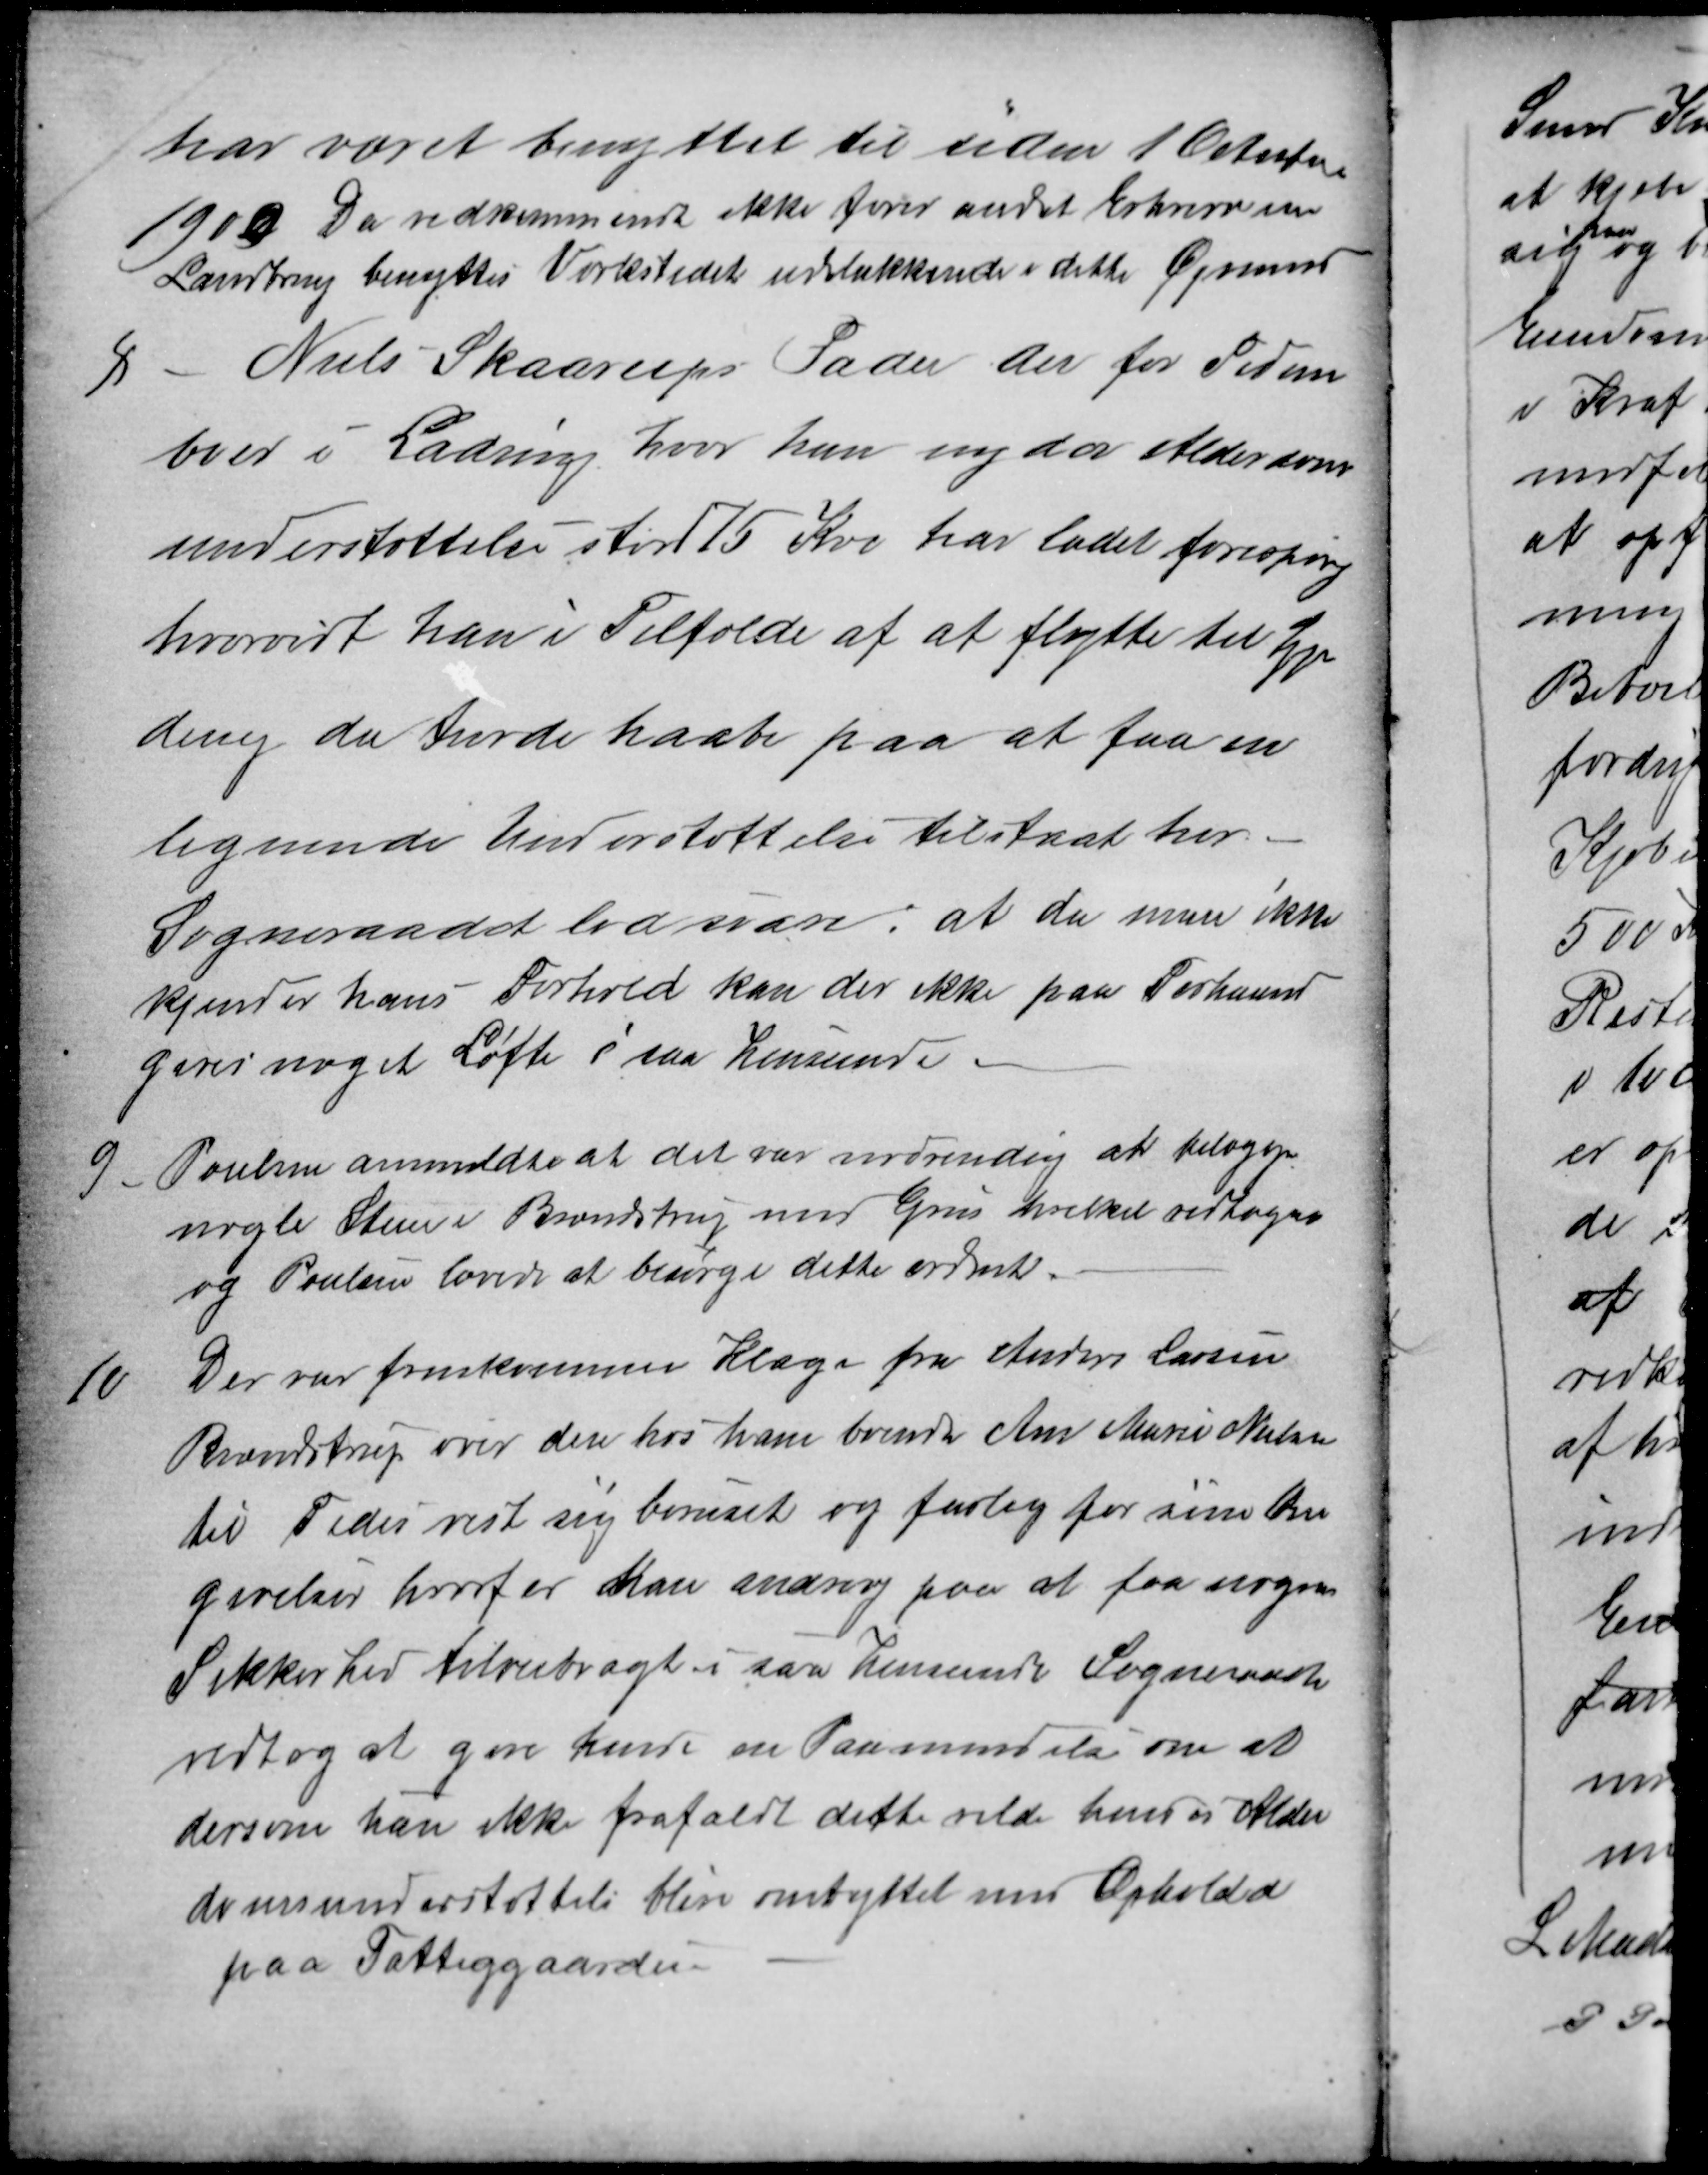
Transskription:
har været benyttet til siden 1 October
1900. Da vedkommende ikke fører andet Erhverv en
Landbrug benyttes Værkstedet udelukkende i dette Øjemed
8
Niels Skaarups Fader der for Tiden
boer i Ladring hvor han nyder Alderdoms
understøttelse stor 75 Kro har ladet forespørg
hvorvidt han i Tilfælde af at flytte til Gje
ding da turde haabe paa at faa en
lignende Understøttelse tilstaat her.
Sogneraadet lod svare: at da man ikke
kjender hans Forhold kan der ikke paa Forhaand
gives noget Løfte i saa henseende
9
Poulsen anmeldte at det var nødvendig at belægge
nogle Steen i Brendstrup med Grus hvilket vedtoges
og Poulsen lovede at besørge dette ordnet.
10
Der var fremkommen Klage fra Anders Larsen
Brendstrup over den hos ham boende Ane Marie Nielsen
til Tider vist sig beruset og farlig for sine Om
givelser hvorfor han androg paa at faa nogen
Sikkerhed tilveiebragt i saa henseende Sogneraadet
vedtog at give hende en Paamindelse om at
dersom hun ikke frafaldt dette vilde hendes Alder
domsunderstøttelse blev ombyttet med Ophold
paa Fattiggaarden.